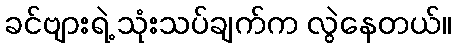
ခင်ဗျားရဲ့ သုံးသပ်ချက်က လွဲနေတယ်။